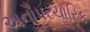
અનૌપરચારિક